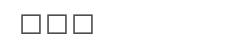
١٣٦